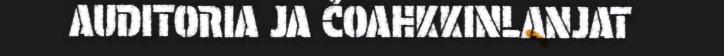
AUDITORIA JA ČOAHKKINLANJAT